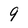
Character: 9